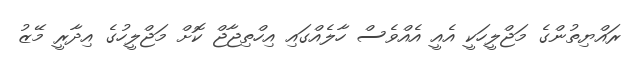
ރައްޔިތުންގެ މަޖްލީހަކީ އެއީ އެއްވެސް ހާލެއްގައި އިހްތިޖާޖް ކޮށް މަޖްލީހުގެ އިދާރީ މޭޒު